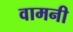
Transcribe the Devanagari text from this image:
वामनी